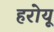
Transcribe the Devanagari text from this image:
हरोयू